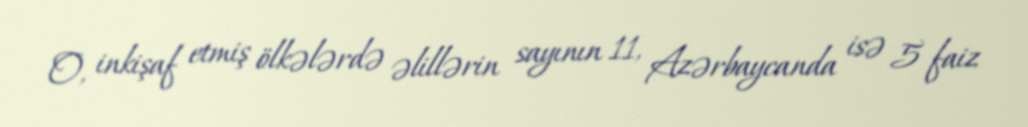
O, inkişaf etmiş ölkələrdə əlillərin sayının 11, Azərbaycanda isə 5 faiz